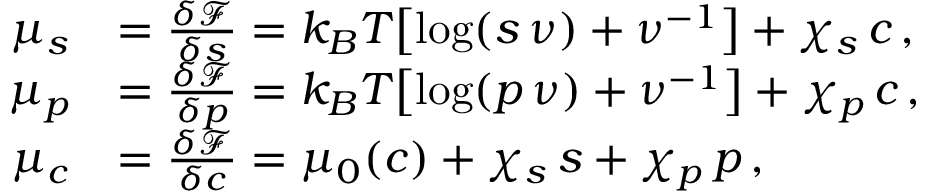
\begin{array} { r l } { \mu _ { s } } & { = \frac { \delta \mathcal { F } } { \delta s } = k _ { B } T \bigl [ \log ( s \, \nu ) + \nu ^ { - 1 } \bigr ] + \chi _ { s } \, c \, , } \\ { \mu _ { p } } & { = \frac { \delta \mathcal { F } } { \delta p } = k _ { B } T \bigl [ \log ( p \, \nu ) + \nu ^ { - 1 } \bigr ] + \chi _ { p } \, c \, , } \\ { \mu _ { c } } & { = \frac { \delta \mathcal { F } } { \delta c } = \mu _ { 0 } ( c ) + \chi _ { s } \, s + \chi _ { p } \, p \, , } \end{array}